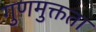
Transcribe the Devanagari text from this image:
गुणमुक्तता